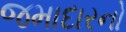
જમાદારનો